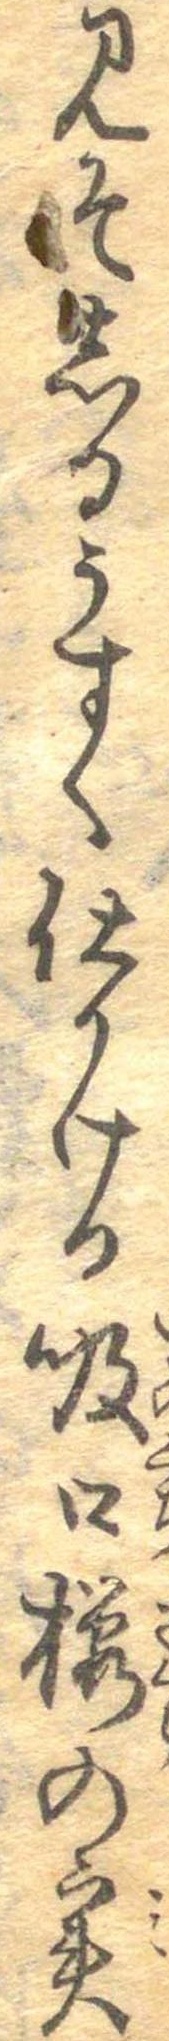
みそしるうすく仕かける吸口桜の実